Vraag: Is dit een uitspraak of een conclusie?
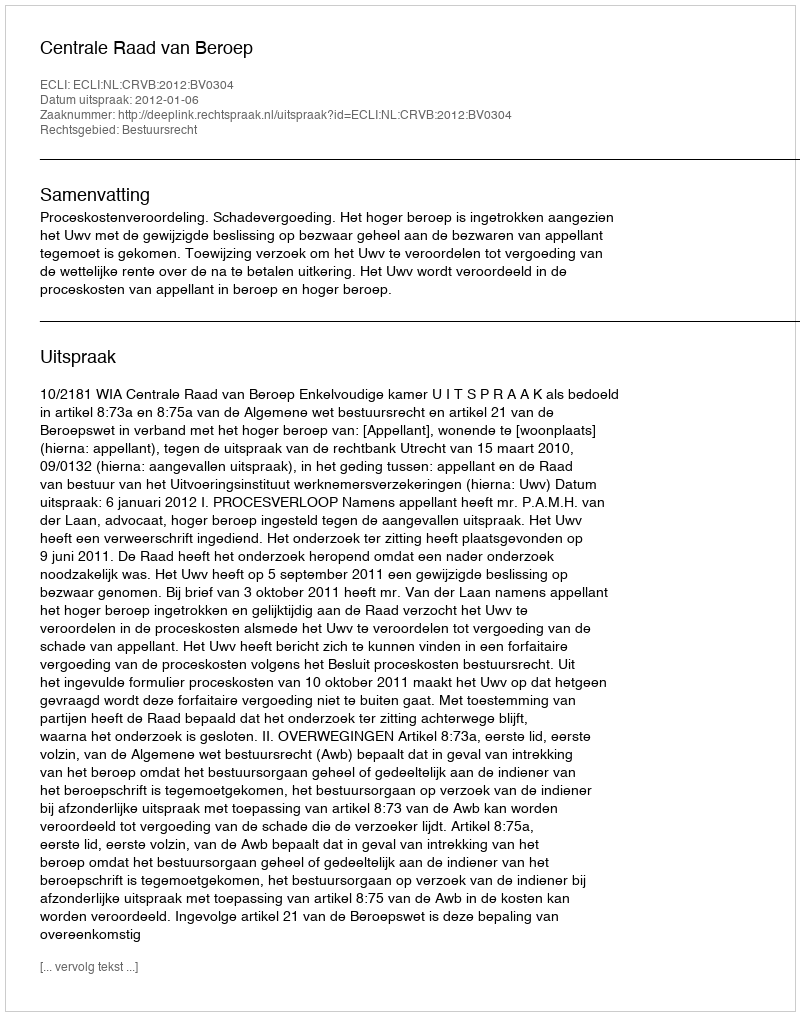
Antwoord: Uitspraak